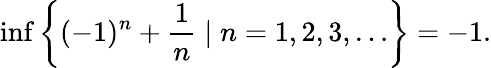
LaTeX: \operatorname*{inf}\left\{ (-1)^{n}+{\frac{1}{n}}\mid n=1,2,3,\ldots\right\} =-1.